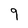
Character: 9